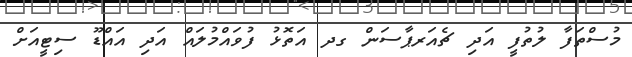
މުސްތަފާ ލުތުފީ އަދި ޗެއަރޕާސަން ގދ އަތޮޅު ފުވައްމުލައް އަދި އައްޑޫ ސިޓީއަށް